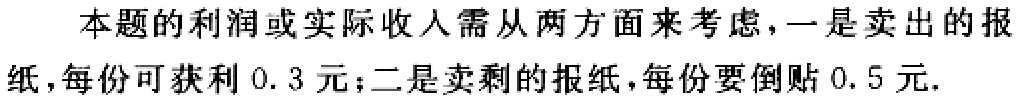
本题的利润或实际收入需从两方面来考虑，一是卖出的报纸，每份可获利 \(0.3\) 元；二是卖剩的报纸，每份要倒贴 \(0.5\) 元.